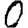
Digit: 0